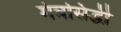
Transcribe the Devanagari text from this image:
मंत्रसिद्धी